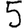
Digit: 5